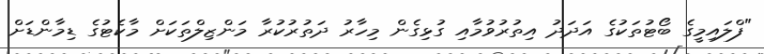
"ފްލައިމީގެ ބޯޓުތަކުގެ އަދަދު އިތުރުވުމާއި ގުޅިގެން މިހާރު ދަތުރުކުރާ މަންޒިލްތަކަށް މާކެޓުގެ ޑިމާންޑަށް